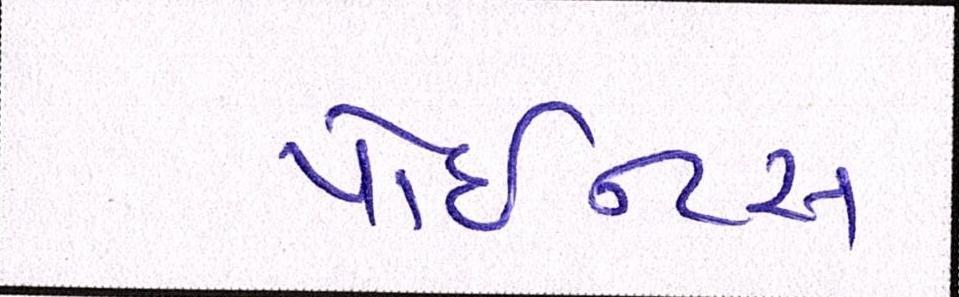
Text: પોઇન્ટસ